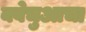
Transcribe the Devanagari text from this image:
क्वेचुआचा